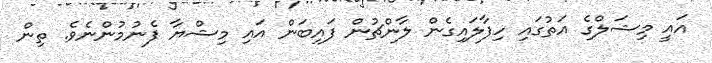
އައީ މިޝަލްގެ އަތުގައި ހިފާލައިގެން ލާންޗުން ފައިބަން އައި މިޝްޔާ ފެނުމުންނެވެ. ތިން